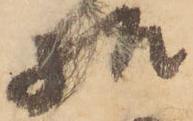
様